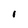
Character: I